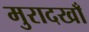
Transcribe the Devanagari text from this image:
मुरादखाँ